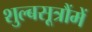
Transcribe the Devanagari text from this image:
शुल्बसूत्रौंमें